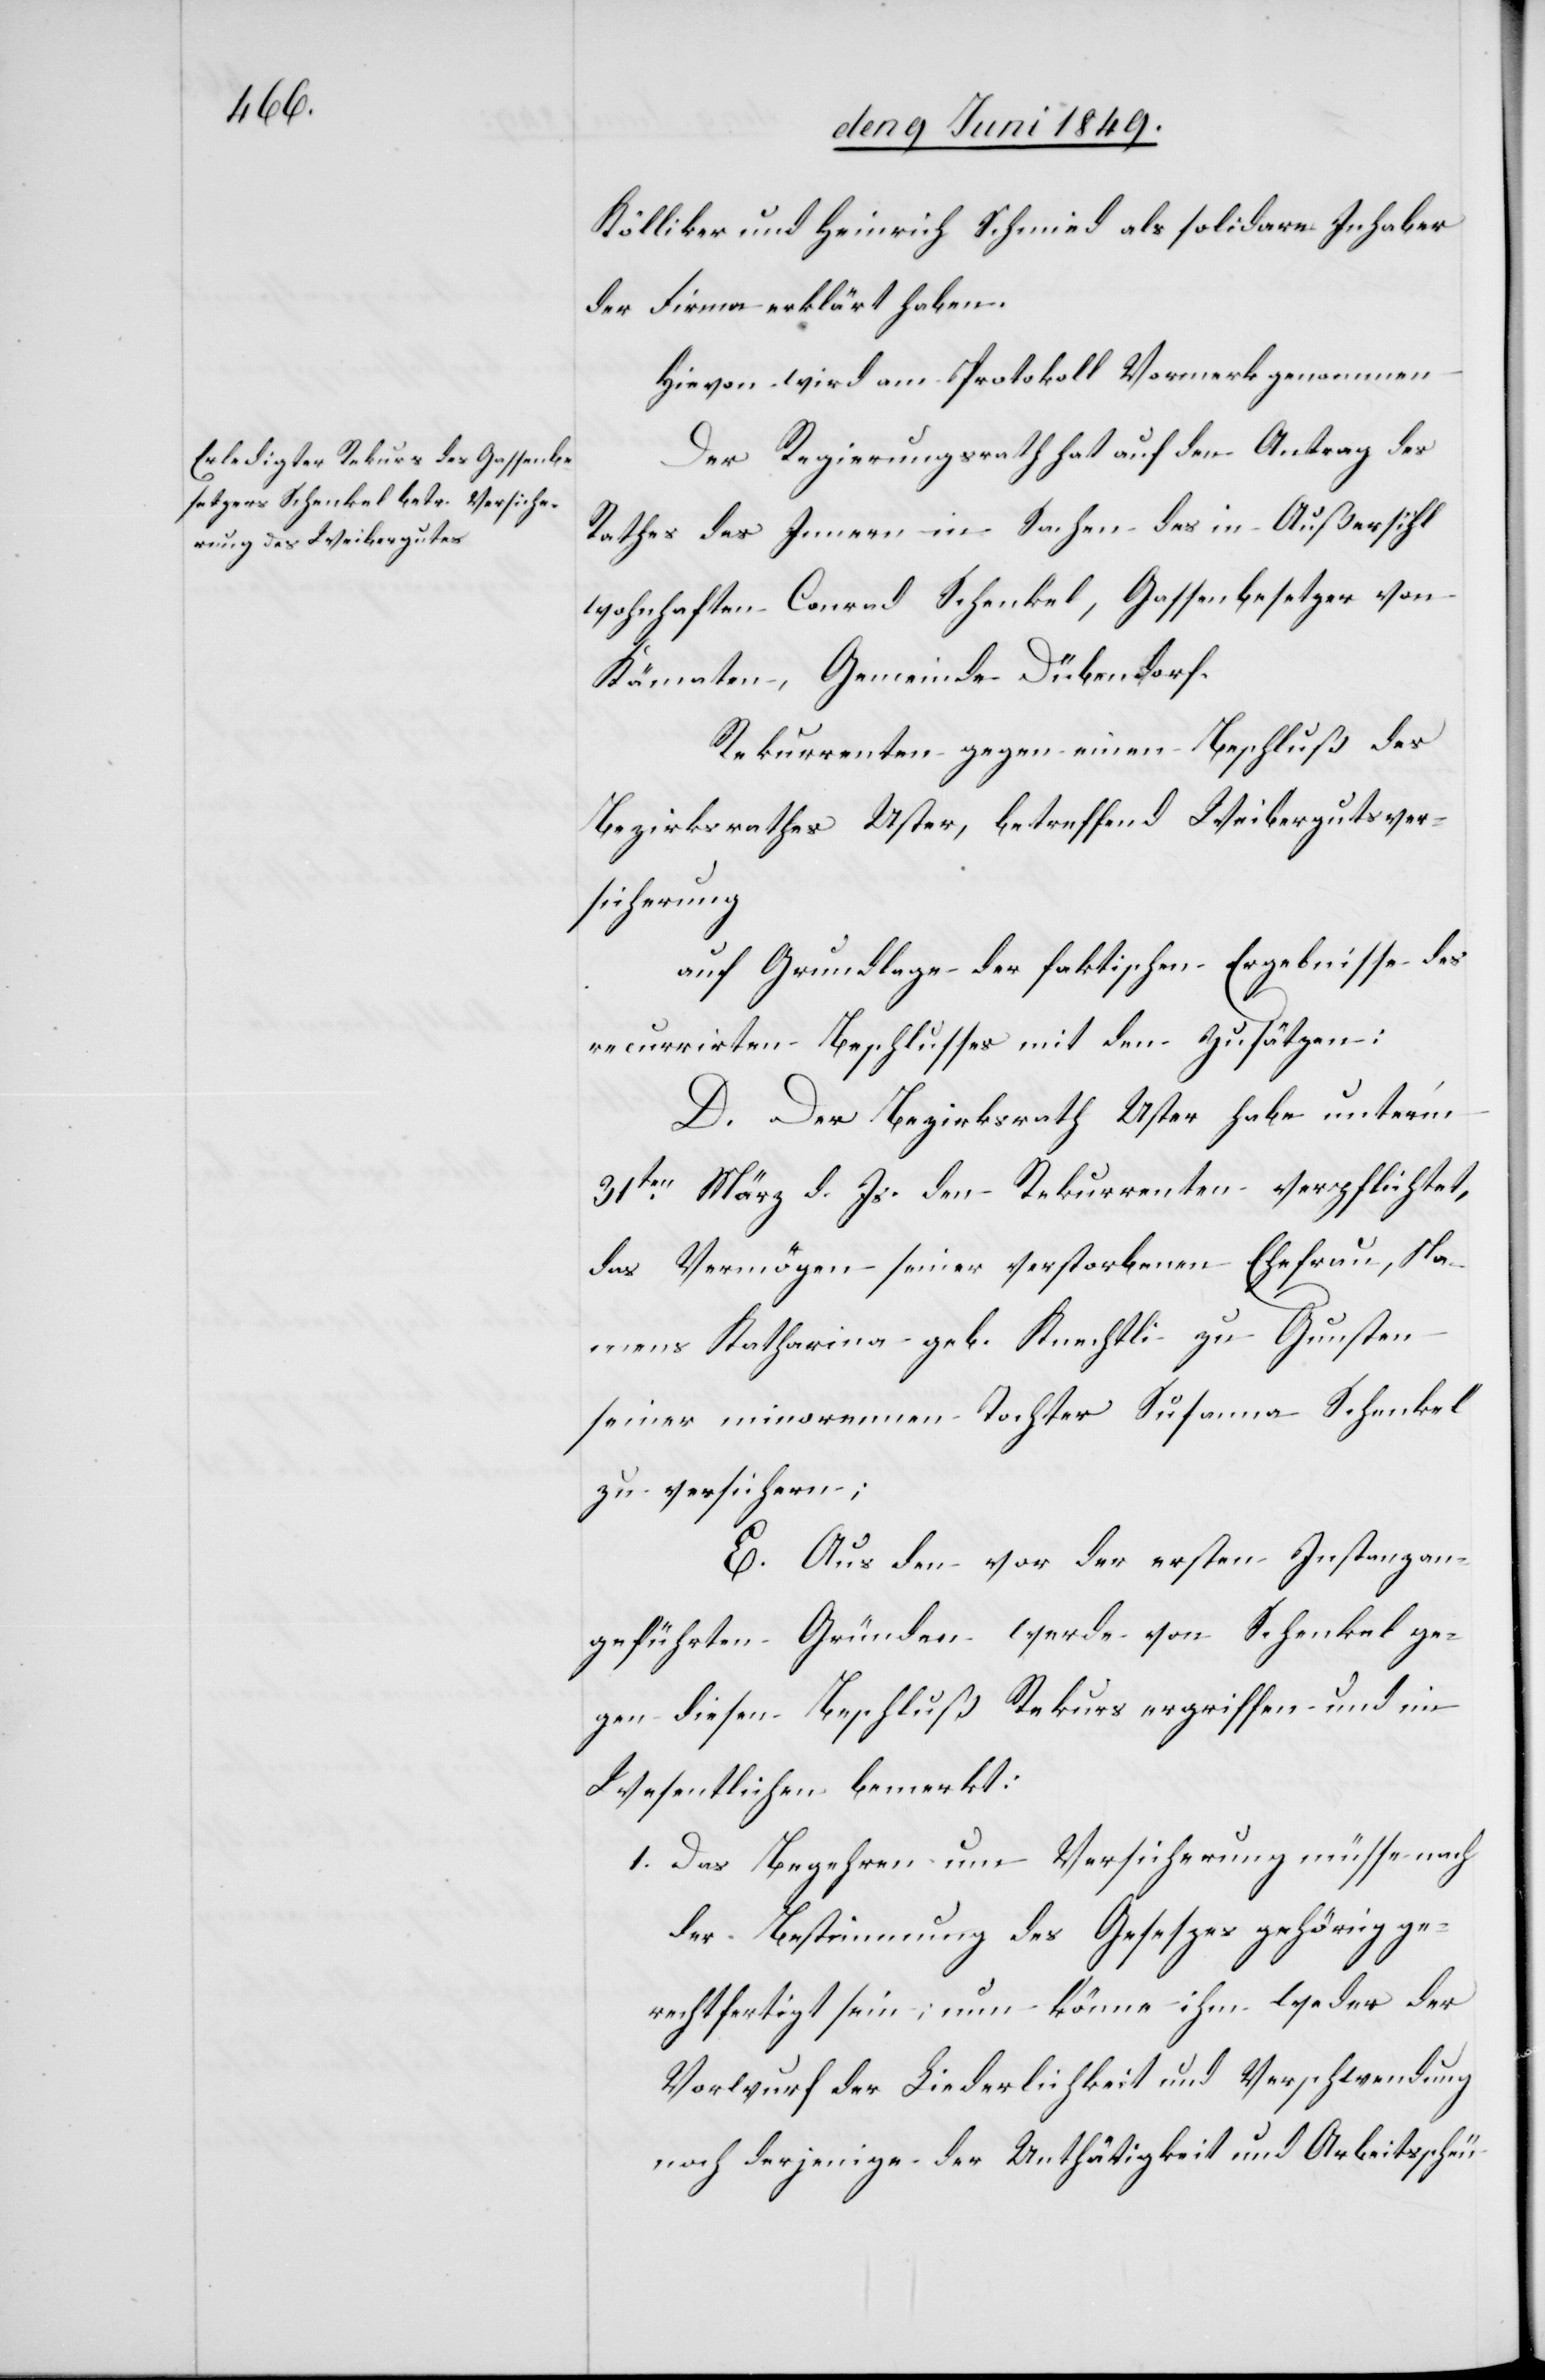
Kölliker und Heinrich Schmied als solidare Inhaber
der Firma erklärt haben.
Der Regierungsrath hat auf den Antrag des
Rathes des Innern in Sachen des in Außersihl
wohnhaften Conrad Schenkel, Gassenbesetzer von
Kämaten, Gemeinde Dübendorf.
Rekurrenten gegen einen Beschluß des
Bezirksrathes Uster, betreffend Weibergutsver¬
sicherung
auf Grundlage der faktischen Ergebnisse des
recurrirten Beschlusses mit den Zusätzen:
D. Der Bezirksrath Uster habe unterm
31ten März d. Js. den Rekurrenten verpflichtet,
das Vermögen seiner verstorbenen Ehefrau, Na¬
mens Katharina geb. Knechtli zu Gunsten
seiner minorennen Tochter Susanna Schenkel
zu versichern;
E. Aus den vor der ersten Instanz an¬
geführten Gründen werde von Schenkel ge¬
gen diesen Beschluß Rekurs ergriffen und im
Wesentlichen bemerkt:
1. Das Begehren um Versicherung müsse nach
der Bestimmung des Gesetzes gehörig ge¬
rechtfertigt sein; nun könne ihm weder der
Vorwurf der Liederlichkeit und Verschwendung
noch derjenige der Unthätigkeit und Arbeitsscheu